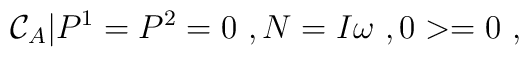
{\cal C}_A|P^1=P^2=0\ ,N=I\omega\ ,0>=0\ ,